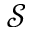
\mathcal { S }